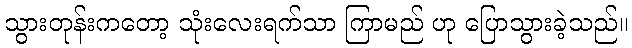
သွားတုန်းကတော့ သုံးလေးရက်သာ ကြာမည် ဟု ပြောသွားခဲ့သည်။